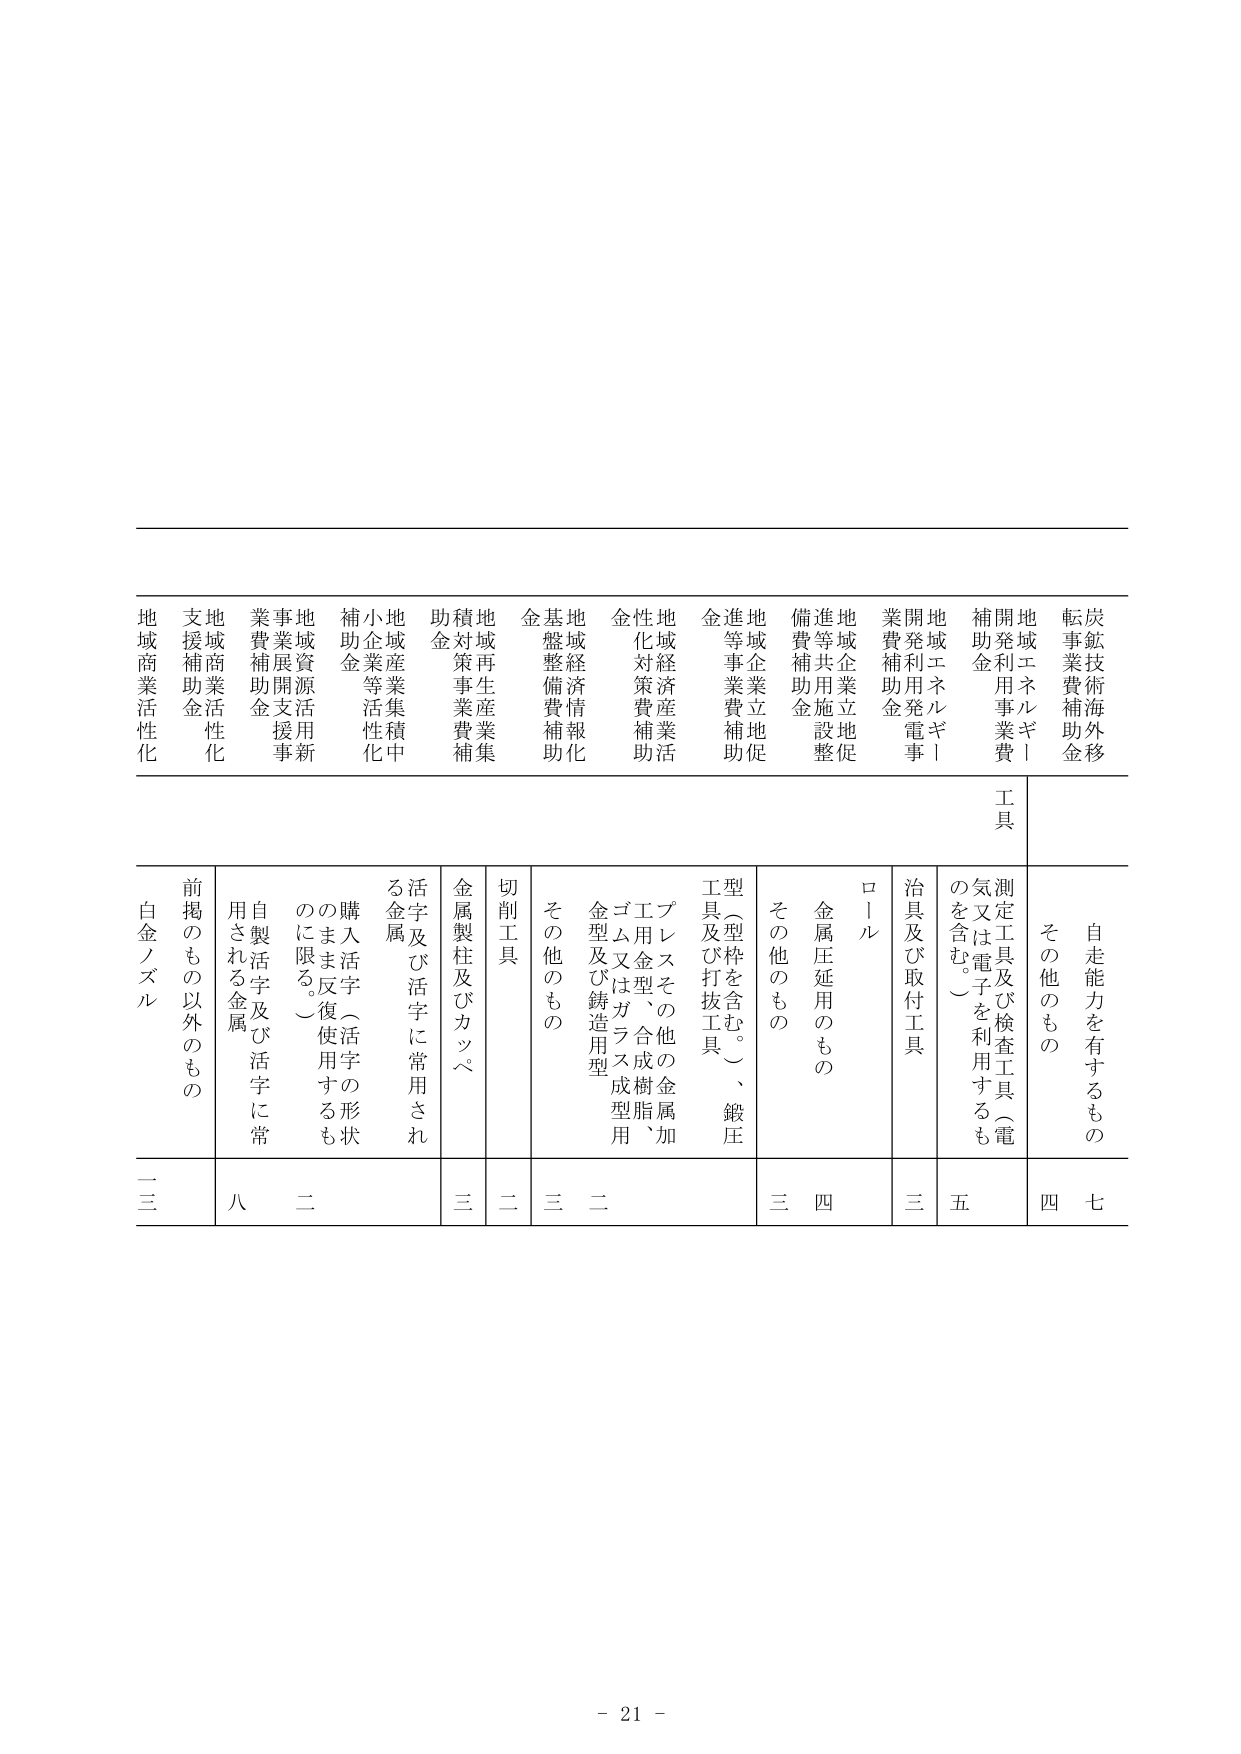
炭鉱技術海外移転事業費補助金
地域エネルギー開発利用事業費補助金
地域エネルギー開発利用電事業費補助金
地域企業立地促進等共用施設整備費補助金
地域企業立地促進等事業費補助金
地域経済産業活性化対策費補助金
地域経済情報化基盤整備費補助金
地域再生産業集積対策事業費補助金
地域産業集積中小企業等活性化補助金
地域資源活用新事業展開支援事業費補助金
地域商業活性化支援補助金
地域商業活性化

工具
自走能力を有するもの
その他のもの
測定工具及び検査工具（電気又は電子を利用するものを含む。）
治具及び取付工具
ロール
金属圧延用のもの
その他のもの
工型（型枠を含む。）、鍛圧工具及び打抜工具
プレスその他の金属加工用金型、合成樹脂、ゴム又はガラス成型用金型及び鋳造用型
その他のもの
切削工具
金属製柱及びカッペ
活字及び活字に常用される金属
購入活字（活字の形状のまま反復使用するものに限る。）
自製活字及び活字に常用される金属
前掲のもの以外のもの
白金ノズル

七
四
五
三
四
三
二
三
二
三
八
二
一
三

- 21 -